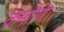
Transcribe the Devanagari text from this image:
कर्माणि।।